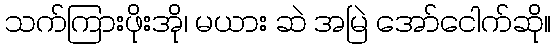
သက်ကြားဖိုးအို၊ မယား ဆဲ အမြဲ အော်ငေါက်ဆို။